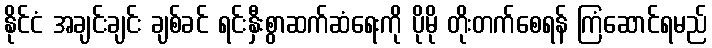
နိုင်ငံ အချင်းချင်း ချစ်ခင် ရင်းနှီးစွာဆက်ဆံရေးကို ပိုမို တိုးတက်စေရန် ကြံဆောင်ရမည်